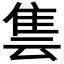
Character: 𨾜